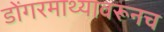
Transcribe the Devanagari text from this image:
डोंगरमाथ्यावरूनच